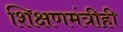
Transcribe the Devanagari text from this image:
शिक्षणमंत्रीही